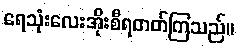
ရေသုံးလေးအိုးစီရတတ်ကြသည်။